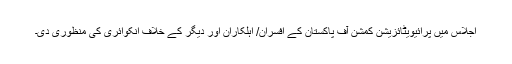
اجلاس میں پرائیویٹائزیشن کمشن آف پاکستان کے افسران/ اہلکاران اور دیگر کے خلاف انکوائری کی منظوری دی۔